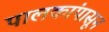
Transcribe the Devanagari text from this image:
पालकांपासून